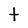
Character: t